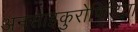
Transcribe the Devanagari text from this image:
अनसाइकुरोपिडिया